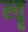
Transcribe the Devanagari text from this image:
स्‍तॄ